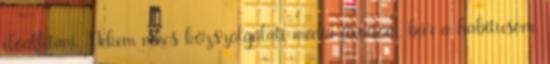
előállítani. Nekem nincs közszolgálati média fixációm, bár a habitusom,